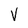
Character: V